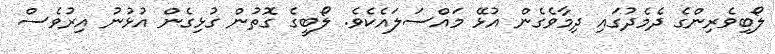
ލޯބިވެރިންގެ ދެމެދުގައި ދިމާވެގެން އުޅޭ މައްސަލައެކެވެ. ލޯބީގެ ގޮތުން ގުޅިގެން އުޅުނު އިރުވެސް